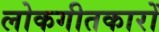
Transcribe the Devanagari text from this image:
लोकगीतकारों